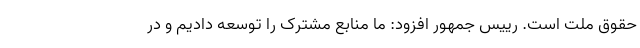
حقوق ملت است. رییس جمهور افزود: ما منابع مشترک را توسعه دادیم و در